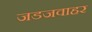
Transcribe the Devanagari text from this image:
जडजवाहर